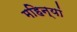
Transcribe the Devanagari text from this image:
महिन्यां